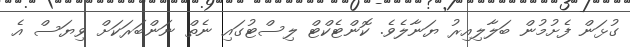
ގުޅަން ފެށުމުން ބަލާލިއިރު ޔަނާލެވެ. ކޮންޓެކްޓް ލިސްޓުގައި ނެތް ނަންބަރަކަށް ވިޔަސް އެ